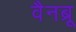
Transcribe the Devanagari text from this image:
वैनब्रू